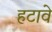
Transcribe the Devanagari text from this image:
हटावे